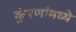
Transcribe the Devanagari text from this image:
कुंपणांमध्ये